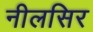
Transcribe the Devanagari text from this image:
नीलसिर